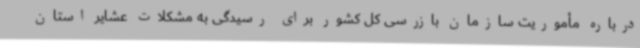
درباره مأموریت سازمان بازرسی کل کشور برای رسیدگی به مشکلات عشایر استان